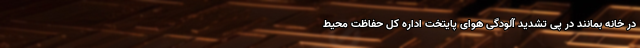
در خانه بمانند در پی تشدید آلودگی هوای پایتخت اداره کل حفاظت محیط